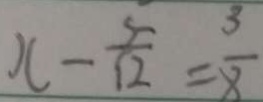
x - \frac { 5 } { 1 2 } = \frac { 3 } { 8 }